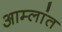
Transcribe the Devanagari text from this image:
आम्लांत